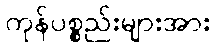
ကုန်ပစ္စည်းများအား